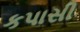
કપાસી